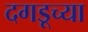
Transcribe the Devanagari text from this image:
दगडूच्या